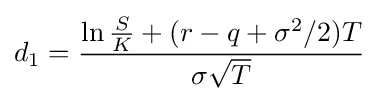
d_{1}={\frac {\ln {\frac {S}{K}}+(r-q+\sigma ^{2}/2)T}{\sigma {\sqrt {T}}}}